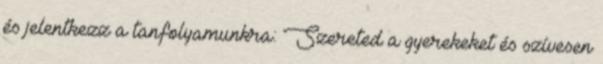
és jelentkezz a tanfolyamunkra: Szereted a gyerekeket és szívesen